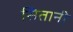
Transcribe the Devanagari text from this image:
सितानी